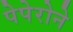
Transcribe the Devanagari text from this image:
पेपेरोने